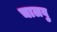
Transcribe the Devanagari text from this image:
चालवु